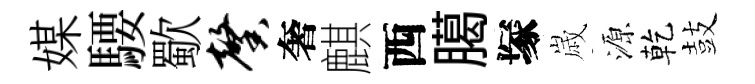
媒騕歜馨奢麒西臈塚𡻕源乾鼓